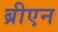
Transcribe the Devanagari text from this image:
ब्रीएन